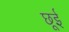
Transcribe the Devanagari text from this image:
छूई